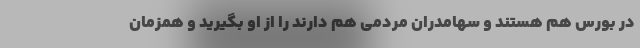
در بورس هم هستند و سهامدران مردمی هم دارند را از او بگیرید و همزمان